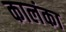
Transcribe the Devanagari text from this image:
कालंका